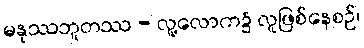
မနုဿဘူတဿ - လူ့လောက၌ လူဖြစ်နေစဉ်၊